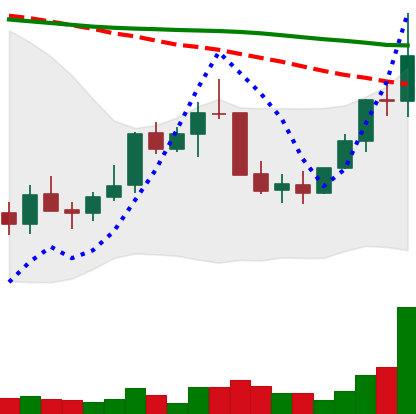
Ticker: LINK-USD
Chart end date: 2022-01-05
Forward return: 9.57%
Label: up_7plus